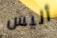
أليس